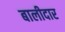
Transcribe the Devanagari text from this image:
बालीदार